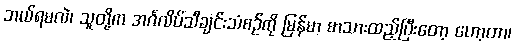
ဘယ်ရမလဲ၊ သူတို့က အင်္ဂလိပ်သီချင်းသံစဉ်ကို မြန်မာ စာသားထည့်ပြီးတော့ ဟော့တာ၊